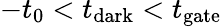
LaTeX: -t_{0}<t_{\mathrm{dark}}<t_{\mathrm{gate}}